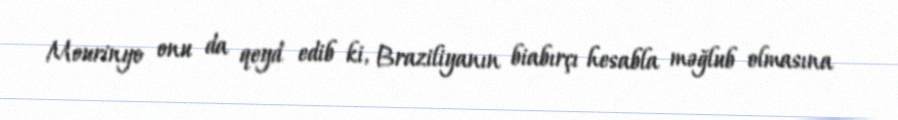
Mourinyo onu da qeyd edib ki, Braziliyanın biabırçı hesabla məğlub olmasına